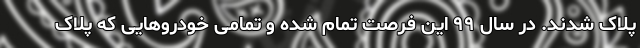
پلاک شدند. در سال ۹۹ این فرصت تمام شده و تمامی خودروهایی که پلاک